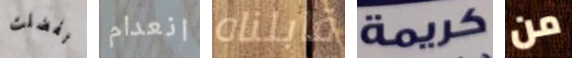
تفضلت انعدام قابلناه كريمة من